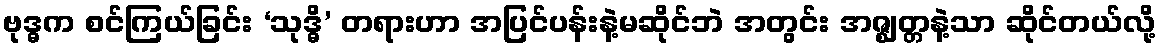
ဗုဒ္ဓက စင်ကြယ်ခြင်း ‘သုဒ္ဓိ’ တရားဟာ အပြင်ပန်းနဲ့မဆိုင်ဘဲ အတွင်း အဇ္ဈတ္တနဲ့သာ ဆိုင်တယ်လို့